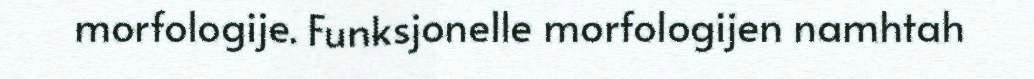
morfologije. Funksjonelle morfologijen namhtah